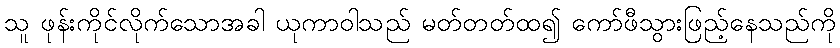
သူ ဖုန်းကိုင်လိုက်သောအခါ ယုကာဝါသည် မတ်တတ်ထ၍ ကော်ဖီသွားဖြည့်နေသည်ကို